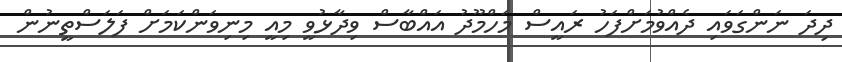
ދިދަ ނަންގަވައި ދެއްވުމަށްފަހު ރައީސް މަހްމޫދު އައްބާސް ވިދާޅުވީ މިއީ މިނިވަންކަމަށް ފަލަސްތީނުން